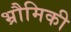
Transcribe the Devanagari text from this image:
भ्रौमिकी